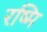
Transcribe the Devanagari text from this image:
रष्मि